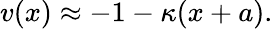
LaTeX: v(x)\approx-1-\kappa(x+a).